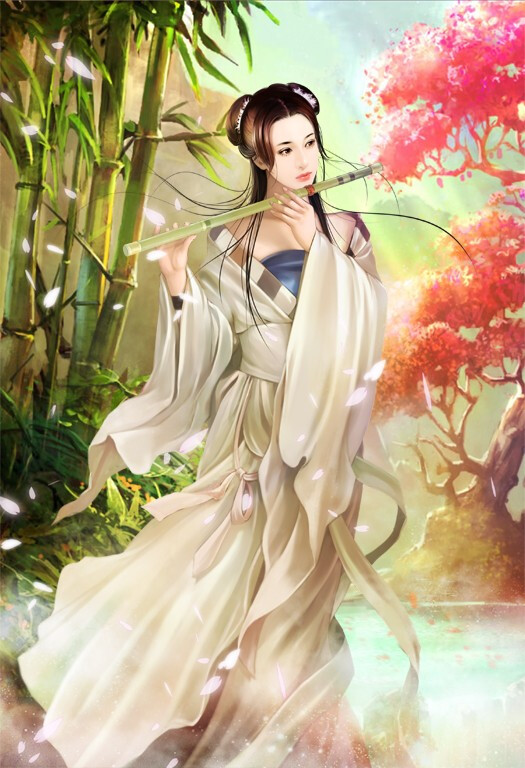
几回花下坐吹箫，银汉红墙入望遥。